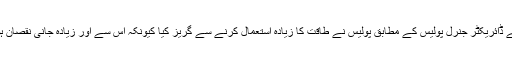
ریاست کے ڈائریکٹر جنرل پولیس کے مطابق پولیس نے طاقت کا زیادہ استعمال کرنے سے گریز کیا کیونکہ اس سے اور زیادہ جانی نقصان ہوسکتا تھا۔